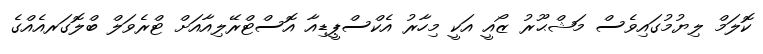
ކޮލަމް ލިޔުމުގައިވެސް މަޝްޙޫރު ޒޯއީ އަކީ މިހާރު އެކްސްޕީޑިއާ އޮސްޓްރޭލިއާއަށް ޓްރެވަލް ބްލޮގަރއެއްގެ